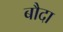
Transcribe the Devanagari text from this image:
बौदा